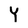
Character: Y